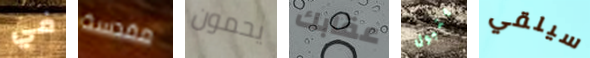
في مقدسة يحمون عقابك يتبول سيلقي